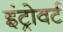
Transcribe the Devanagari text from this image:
इंट्रोवर्ट